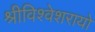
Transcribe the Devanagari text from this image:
श्रीविश्वेशरायो